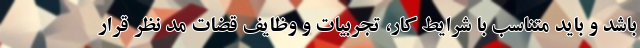
باشد و باید متناسب با شرایط کار، تجربیات و وظایف قضات مد نظر قرار